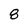
Character: 8